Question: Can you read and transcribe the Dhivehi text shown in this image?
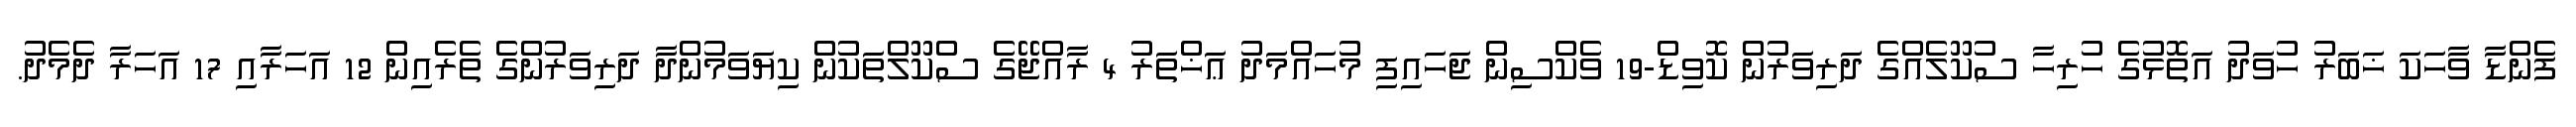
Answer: ފެންޑާ ވާހަކަ ޚަބަރު ހުވަދު އަތޮޅުގެ ހުރިހާ ސުކޫލެއްގެ ދަރިވަރުން ކޮވިޑް-19 ވެކްސިން ޖަހައިފި މުހައްމަދު ޢަޚްތަރު 4 ރާއްޖޭގެ ސްކޫލްތަކުން ކިޔަވަމުންދާ ދަރިވަރުންގެ ތެރެއިން 12 އަހަރާއި 17 އަހަރާ ދެމެދު.